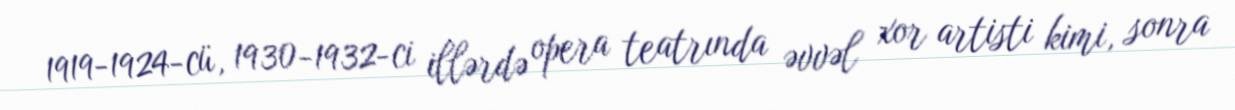
1919-1924-cü, 1930-1932-ci illərdə opera teatrında əvvəl xor artisti kimi, sonra